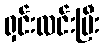
ရှင်းလင်းပြီး